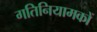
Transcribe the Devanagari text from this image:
गतिनियामकों